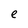
Character: e